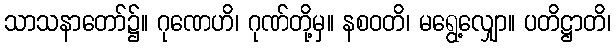
သာသနာတော်၌။ ဂုဏေဟိ၊ ဂုဏ်တို့မှ။ နစဝတိ၊ မရွေ့လျှော။ ပတိဋ္ဌာတိ၊